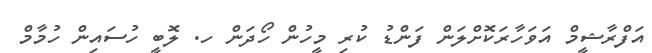
އަފްރާޝީމް އަވަހާރަކޮށްލަން ފަންޑު ކުރި މީހުން ހޯދަން ހ. ލޮބީ ހުސައިން ހުމާމް